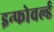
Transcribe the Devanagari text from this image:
इन्फोवर्ल्ड